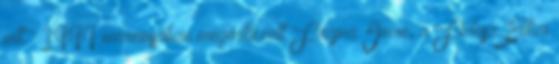
jött." 1999 márciusában megérkezett Frajna Imre, a Fidesz Etikai